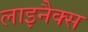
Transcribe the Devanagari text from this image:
लाइनैक्स